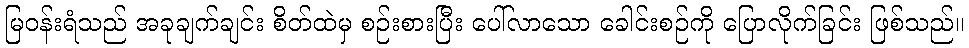
မြဝန်းရံသည် အခုချက်ချင်း စိတ်ထဲမှ စဉ်းစားပြီး ပေါ်လာသော ခေါင်းစဉ်ကို ပြောလိုက်ခြင်း ဖြစ်သည်။